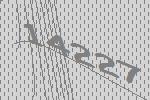
14227